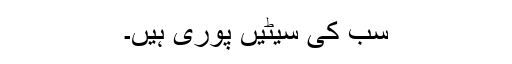
سب کی سیٹیں پوری ہیں۔